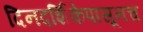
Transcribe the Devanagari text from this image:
दिनदर्शिकेपासूनच